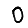
Digit: 0